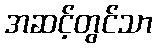
အဆင့်တွင်သာ